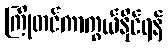
ကြိုတင်ကာကွယ်နိုင်ရန်